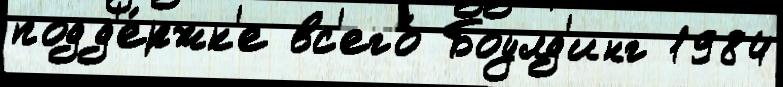
подд'е́ржк'е вс'его́ Боулд'инг 1984